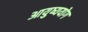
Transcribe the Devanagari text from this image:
आयुष्ययोग